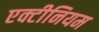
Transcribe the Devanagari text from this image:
एक्टीनियम